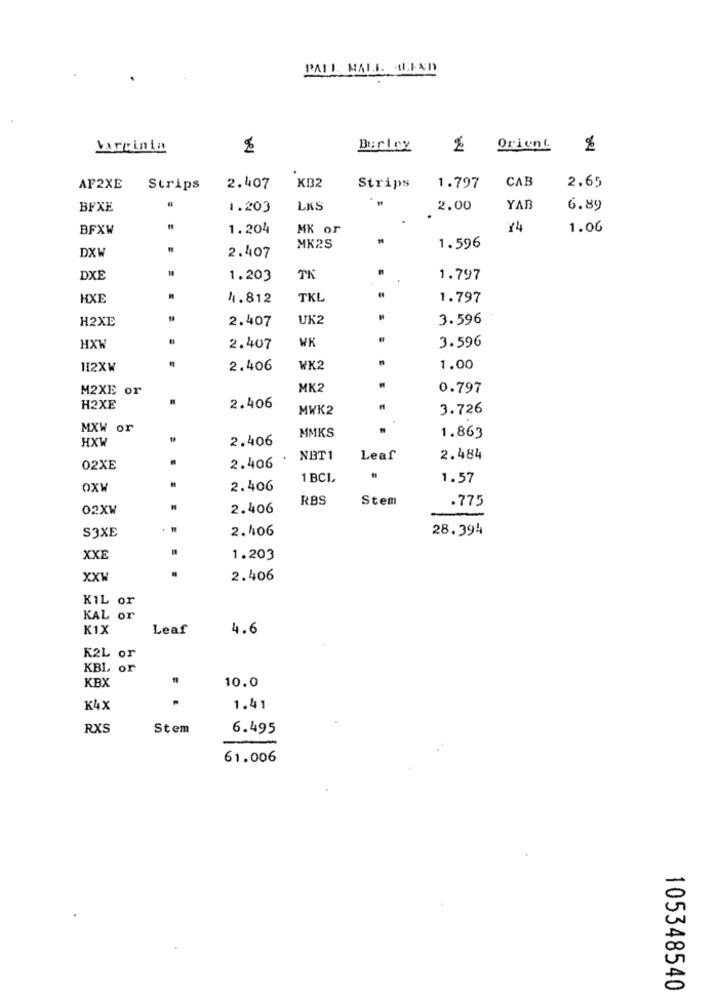
PALL MALL LIND
Varginin
Orient
KB32
CAB
2.65
AF2XE
Strips
2.407
Strips
1.797
BFXE
1.203
LKS
2.00
YAB
6.89
BFXW
1.204
MK or
Y4
1.06
DXW
MK2S
1.596
2.407
DXE
1.203
TK
1.797
HXE
4.812
TKL
1.797
H2XE
2.407
UK2
3.596
WK
3.596
HXW
2.407
112XW
2.406
WK2
1.00
M2XE or
MK2
0.797
H2XE
2.406
MWK2
3.726
MXW or
HXW
2.406
MMKS
1.863
2.406
.
NET1
Leaf
2.484
02XE
1 BCI,
1.57
OXW
2.406
AXCO
RBS
Stem
.775
2.406
S3XE
. .
2.406
28.394
XXE
1.203
XXW
2.406
KIL or
KAL or
K1X
Leaf
4.6
K2L or
KBL or
KBX
10.0
K4X
1.41
RXS
Stem
6.495
61.006
105348540